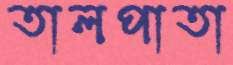
তালপাতা